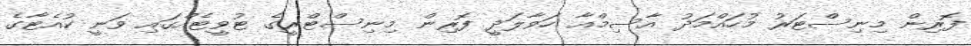
ފޮރިން މިނިސްޓަރު މުހައްމަދު އާސިމްއާ ހަވާލަދީ ފޮރިން މިނިސްޓްރީގެ ޓުވީޓެއްގައި ވަނީ ކުއެޓާގެ